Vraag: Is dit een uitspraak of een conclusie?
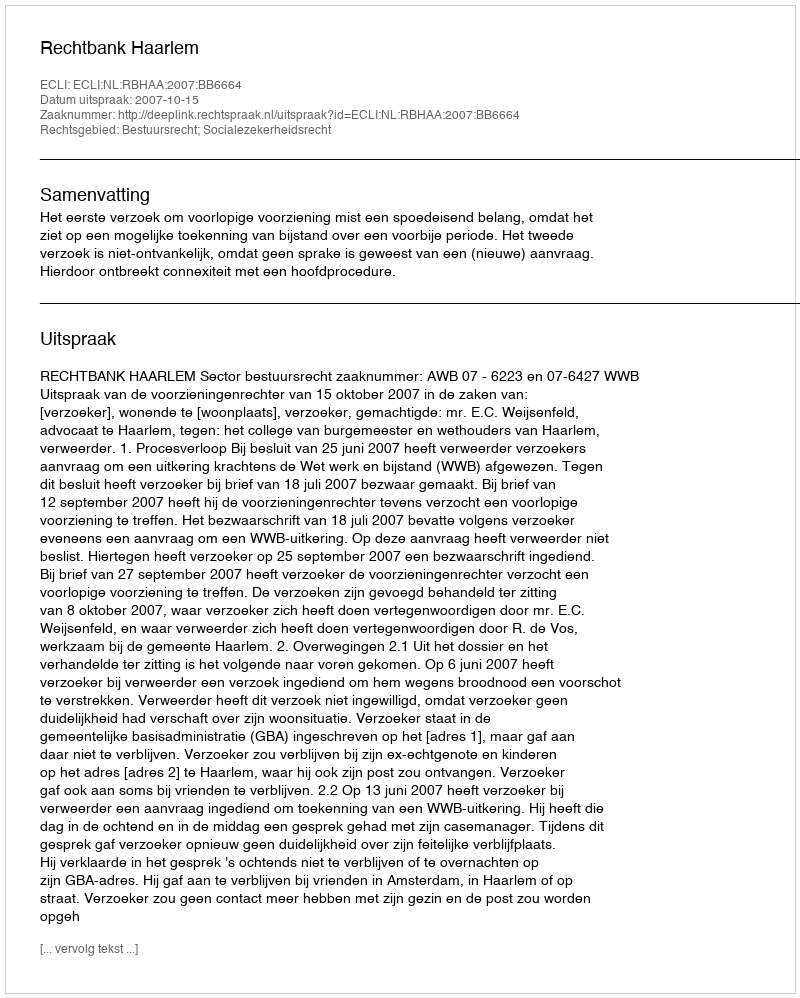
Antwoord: Uitspraak